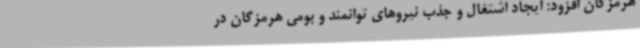
هرمزگان افزود: ایجاد اشتغال و جذب نیروهای توانمند و بومی هرمزگان در